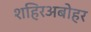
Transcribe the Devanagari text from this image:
शहिरअबोहर